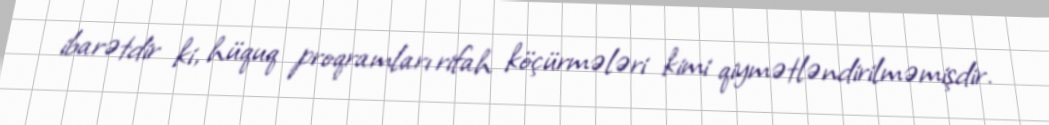
ibarətdir ki, hüquq proqramları rifah köçürmələri kimi qiymətləndirilməmişdir.